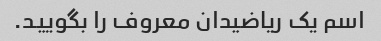
اسم یک ریاضیدان معروف را بگویید.